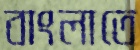
বাংলাতে